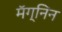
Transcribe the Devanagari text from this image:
मॅग्निन